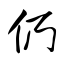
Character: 仍